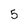
Character: 5